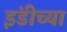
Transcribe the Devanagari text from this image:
इंडीच्या